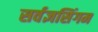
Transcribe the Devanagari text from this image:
सर्वज्ञसिंगम